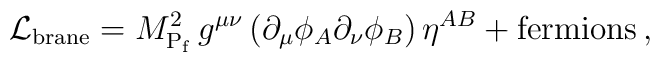
{\cal L}_{\rm brane} =M_{{\rm P}_{\rm f}}^2\, g^{\mu\nu}\left(\partial_{\mu}\phi_A\partial_{\nu}\phi_B \right) \eta^{AB} +\mbox{fermions}\, ,